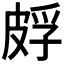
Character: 𬐕